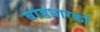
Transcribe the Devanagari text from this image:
बांडधारकों